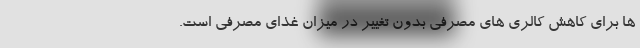
ها برای کاهش کالری های مصرفی بدون تغییر در میزان غذای مصرفی است.